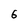
Character: 6